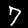
Label: 7